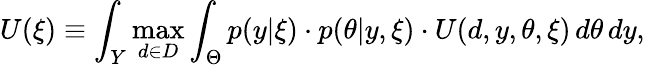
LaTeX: U(\xi)\equiv\int_{Y}\operatorname*{max}_{d\in D}\int_{\Theta}p(y|\xi)\cdot p(\theta|y,\xi)\cdot U(d,y,\theta,\xi)\, d\theta\, dy,